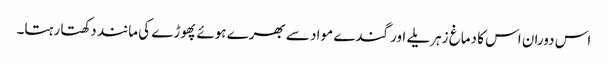
اس دوران اس کا دماغ زہریلے اور گندے مواد سے بھرے ہوئے پھوڑے کی مانند دکھتا رہتا۔